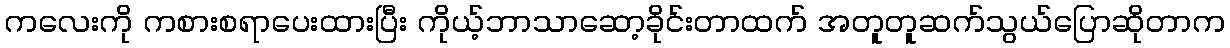
ကလေးကို ကစားစရာပေးထားပြီး ကိုယ့်ဘာသာဆော့ခိုင်းတာထက် အတူတူဆက်သွယ်ပြောဆိုတာက